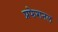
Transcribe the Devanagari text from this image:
प्रफेशनल